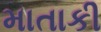
માતાકી